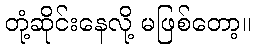
တုံ့ဆိုင်းနေလို့ မဖြစ်တော့။